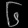
Digit: ၆